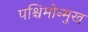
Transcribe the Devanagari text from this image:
पश्चिमोन्मुख